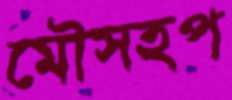
মৌসহপ